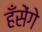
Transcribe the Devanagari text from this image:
हँसेंगे